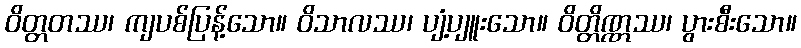
ဝိတ္တတဿ၊ ကျပစ်ပြန့်သော။ ဝိသာလဿ၊ ပျံ့ပျူးသော။ ဝိတ္တိဏ္ဏဿ၊ ပွားစီးသော။